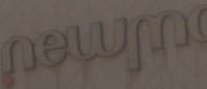
Ulmed